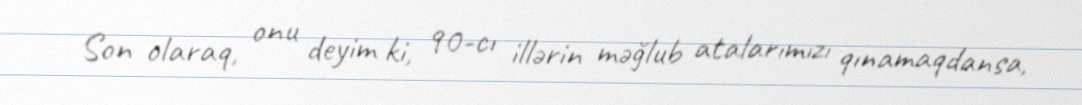
Son olaraq, onu deyim ki, 90-cı illərin məğlub atalarımızı qınamaqdansa,